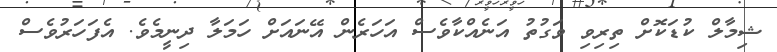
ޝިމާލް ކުޑަކޮށް ތިރިވި ވަގުތު އަނެއްކާވެސް އަހަރެން އޭނައަށް ހަމަލާ ދިނީމެވެ. އެފަހަރުވެސް